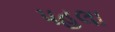
પહલા